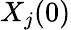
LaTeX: X_{j}(0)